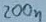
Text: 200n